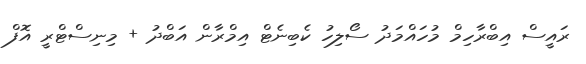
ރައީސް އިބްރާހިމް މުހައްމަދު ސޯލިހު ކެބިނެޓް އިމްރާން އަބްދު + މިނިސްޓްރީ އޮފް